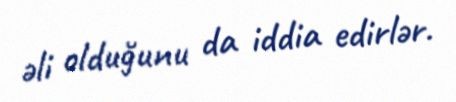
əli olduğunu da iddia edirlər.